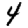
Digit: 4